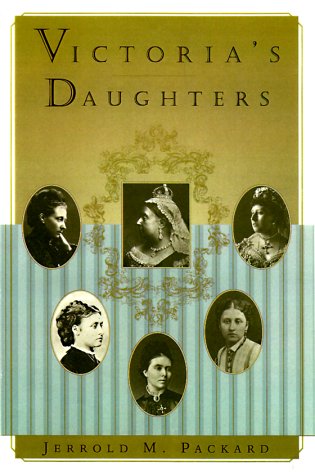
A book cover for Victoria's Daughters; Jerrold M. Packard; Biographies & Memoirs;